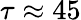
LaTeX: \tau\approx 45